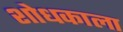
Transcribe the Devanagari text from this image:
शोधकाला